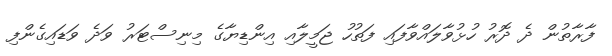
ފާރާތުން ދެ ދޮރު ހުޅުވާލައްވާފައި ފަތުހު ޖަމީލާއި އިންޑިޔާގެ މިނިސްޓަރު ވަދެ ވަޑައިގެންފި